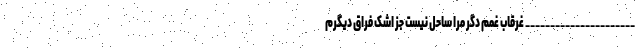
______________________ غرقاب غمم دگر مرا ساحل نیست جز اشک فراق دیگرم